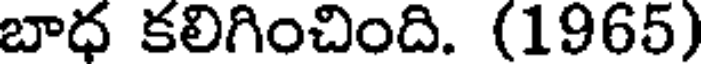
బాధ కలిగించింది. (1965)